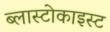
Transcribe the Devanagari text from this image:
ब्लास्टोकाइस्ट